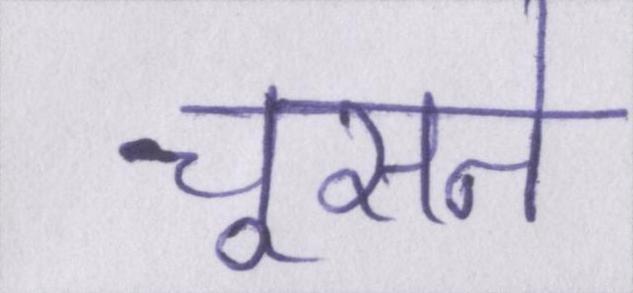
चूसने